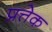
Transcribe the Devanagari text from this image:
प्रत्तेक